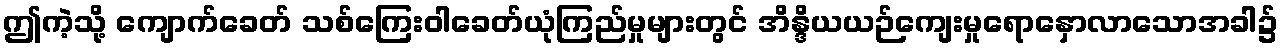
ဤကဲ့သို့ ကျောက်ခေတ် သစ်ကြေးဝါခေတ်ယုံကြည်မှုများတွင် အိန္ဒိယယဉ်ကျေးမှုရောနှောလာသောအခါ၌